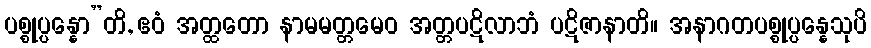
ပစ္စုပ္ပန္နော”တိ, ဧဝံ အတ္ထတော နာမမတ္တမေဝ အတ္တပဋိလာဘံ ပဋိဇာနာတိ။ အနာဂတပစ္စုပ္ပန္နေသုပိ